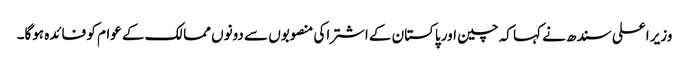
وزیر اعلی سندھ نے کہا کہ چین اور پاکستان کے اشتراکی منصوبوں سے دونوں ممالک کے عوام کو فائدہ ہوگا۔